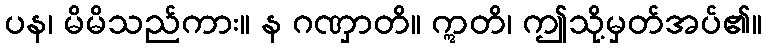
ပန၊ မိမိသည်ကား။ န ဂဏှာတိ။ ဣတိ၊ ဤသို့မှတ်အပ်၏။